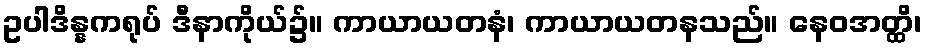
ဥပါဒိန္နကရုပ် ဒီနာကိုယ်၌။ ကာယာယတနံ၊ ကာယာယတနသည်။ နေဝအတ္ထိ၊